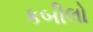
કબીલો